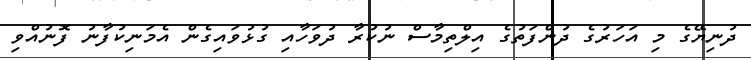
ދުނިޔޭގެ މި އަހަރުގެ ދުންފަތުގެ އިލްތިމާސް ނުކުރާ ދުވަހާއި ގުޅުވައިގެން އެމަނިކުފާނު ފޮނުއްވި